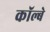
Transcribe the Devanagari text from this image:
कॉल्बे